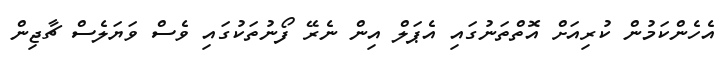
އެހެންކަމުން ކުރިއަށް އޮތްތަނުގައި އެޕަލް އިން ނެރޭ ފޯނުތަކުގައި ވެސް ވަޔަލެސް ޗާޖިން